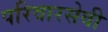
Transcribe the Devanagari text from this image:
परिवारसेवी